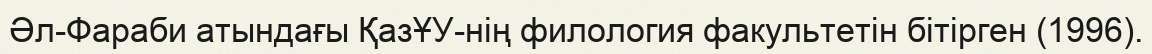
Әл-Фараби атындағы ҚазҰУ-нің филология факультетін бітірген (1996).